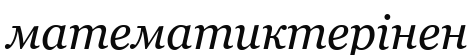
математиктерінен